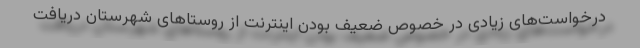
درخواست‌های زیادی در خصوص ضعیف بودن اینترنت از روستاهای شهرستان دریافت